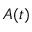
A ( t )